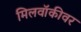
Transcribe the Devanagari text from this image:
मिलवॉकीवर